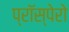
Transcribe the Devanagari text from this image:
प्रॉस्पेरो